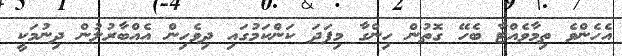
އެހެންވެ ތިމާވެއްޓާ ބެހޭ ގޮތުން ހިންގާ މިފަދަ ކަންކަމުގައި ދިވެހިން އެއްބާރުލުން ދިނުމަކީ